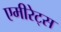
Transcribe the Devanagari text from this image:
एमीरेट्स